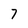
Character: 7